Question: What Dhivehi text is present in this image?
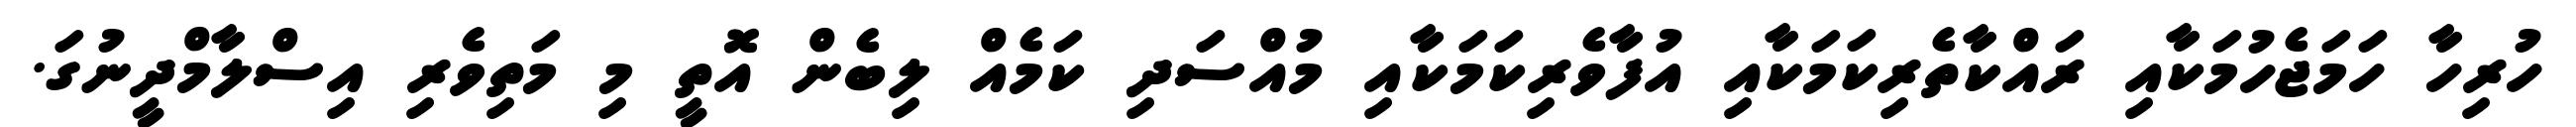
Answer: ހުރިހާ ހަމަޖެހުމަކާއި ރައްކާތެރިކަމަކާއި އުފާވެރިކަމަކާއި މުއްސަދި ކަމެއް ލިބެން އޮތީ މި މަތިވެރި އިސްލާމްދީނުގަ.